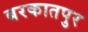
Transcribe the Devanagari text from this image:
बरकातपुर